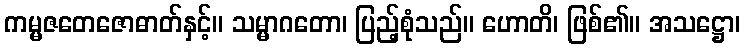
ကမ္မဇတေဇောဓာတ်နှင့်။ သမ္မာဂတော၊ ပြည့်စုံသည်။ ဟောတိ၊ ဖြစ်၏။ အသဋ္ဌော၊